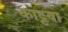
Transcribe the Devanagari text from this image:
काट्टया